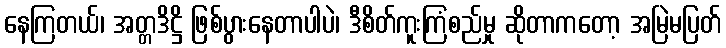
နေကြတယ်၊ အတ္တဒိဋ္ဌိ ဖြစ်ပွားနေတာပါပဲ၊ ဒီစိတ်ကူးကြံစည်မှု ဆိုတာကတော့ အမြဲမပြတ်